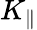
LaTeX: K_{\parallel}